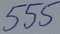
Text: 555